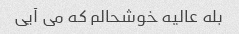
بله عالیه خوشحالم که می آیی